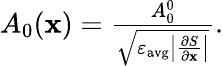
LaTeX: \begin{array}{r}{A_{0}(\mathbf{x})=\frac{A_{0}^{0}}{\sqrt{\varepsilon_{\mathrm{avg}}\left|\frac{\partial S}{\partial\mathbf{x}}\right|}}.}\end{array}